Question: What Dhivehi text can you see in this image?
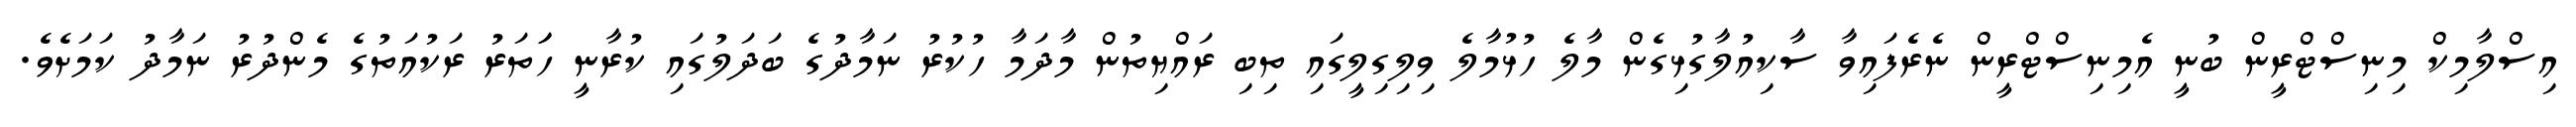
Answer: އިސްލާމިކް މިނިސްޓްރީން ބުނީ އެމިނިސްޓްރީން ނެރެފައިވާ ސާކިއުލާގުޅިގެން މާލެ ހުޅުމާލެ ވިލިގިލީގައި ތިބި ރައްޔިތުން މާދަމާ ހުކުރު ނަމާދުގެ ބަދަލުގައި ކުރާނީ ހަަތަރު ރަކުއަތުގެ މެންދުރު ނަމާދު ކަމަށެވެ.